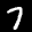
Label: 7